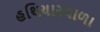
હથિયારવાળા